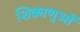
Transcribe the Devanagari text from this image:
शिक्राणुओं